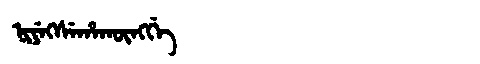
Manchu: ᠨᡳᠶᡝᡴᠰᡝᡥᠠᡴᡡᠩᡤᡝ
Romanization: NIYEKSEHAKŪNGGE